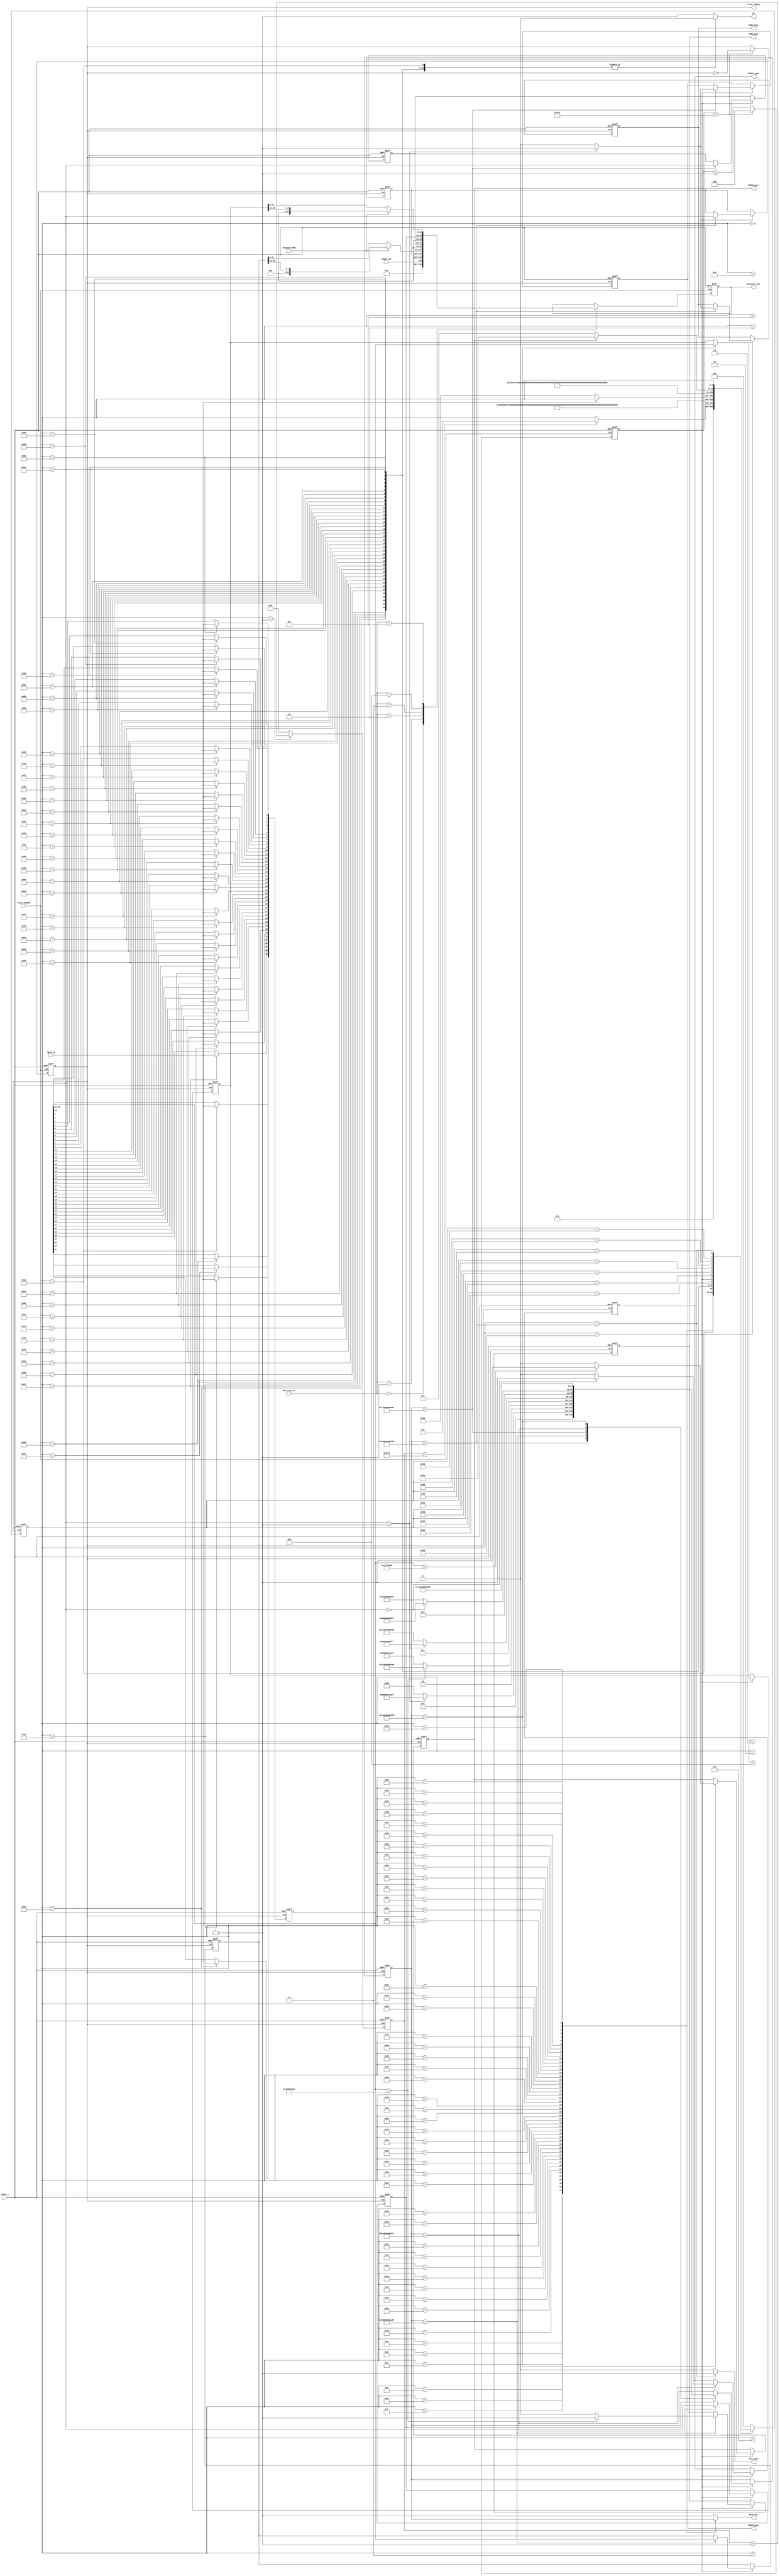
`timescale 1ns / 1ps
//////////////////////////////////////////////////////////////////////////////////
// Company:  RUAS
// 
// Design Name: 
// Module Name: SD_card
// Project Name: 
// Target Devices: 
// Tool Versions: 
// Description: 
// 
// Dependencies: 
// 
// Revision:
// Revision 0.01 - File Created
// Additional Comments:
// 
//////////////////////////////////////////////////////////////////////////////////


module CMD0_CMD8_CMD55_ACMD41_CMD58(
         output reg [31:0] Response_out,
         output reg CMD0_pass, CMD8_pass, CMD55_pass, ACMD41_pass, CMD58_pass,    
         output reg CS, Data_Out, clock_100KHz, 
         output Init_pass, 
         input [2:0] CMD_resp_sel,
         input CMD18_out, Response_MSB, Data_In, Clock_100MHz, Clear_n);           
   
    reg count_en;
    reg [14:0] count; 
    reg [39:0] response;
    reg [47:0] cmd; 
    
    parameter [47:0] CMD0   = 48'h400000000095; // Send Card to Idle State
    parameter [47:0] CMD8   = 48'h48000001AA87; // Send Card Interface Condition
    parameter [47:0] CMD55  = 48'h770000000065; // Application Specific Command
    parameter [47:0] ACMD41 = 48'h694000000077; // High Capacity support(HCS) = 1
    parameter [47:0] CMD58 =  48'h7A00000000FD; // Read OCR(Operating Conditions Register)
    
    
 // Generate 100KHz clock
  // 100KHz = 10us
  // 10us clock = 5us ON + 5us OFF
  // 10ns = 1; 5us = x; x = 500;
  // 499 = 1 1111 0011b 
     
  reg [8:0] count_500; 
                                      
  always@(posedge Clock_100MHz, negedge Clear_n)
    if(!Clear_n)   
      begin             
        clock_100KHz <= 0;
        count_500 <= 0; 
      end
    else if(count_500 == 499)        
      begin             
        clock_100KHz <= ~clock_100KHz;
        count_500 <= 0; 
      end 
    else         
        count_500 <= count_500 + 1;           
           
         
 // FSM for SD card Initialization
    reg [7:0] present_state, next_state;
    parameter [7:0] 
      RESET = 8'd0, POWER_UP_TIME = 8'd1, 
          
      IDLE_CLK_1 = 8'd2, IDLE_CLK_2 = 8'd3, IDLE_CLK_3 = 8'd4, IDLE_CLK_4 = 8'd5,  
      IDLE_CLK_5 = 8'd6, IDLE_CLK_6 = 8'd7, IDLE_CLK_7 = 8'd8, IDLE_CLK_8 = 8'd9,  
    
      CMD_47 = 8'd10, CMD_46 = 8'd11, CMD_45 = 8'd12, CMD_44 = 8'd13,  
      CMD_43 = 8'd14, CMD_42 = 8'd15, CMD_41 = 8'd16, CMD_40 = 8'd17,
      CMD_39 = 8'd18, CMD_38 = 8'd19, CMD_37 = 8'd20, CMD_36 = 8'd21,
      CMD_35 = 8'd22, CMD_34 = 8'd23, CMD_33 = 8'd24, CMD_32 = 8'd25,
      CMD_31 = 8'd26, CMD_30 = 8'd27, CMD_29 = 8'd28, CMD_28 = 8'd29,
      CMD_27 = 8'd30, CMD_26 = 8'd31, CMD_25 = 8'd32, CMD_24 = 8'd33,
      CMD_23 = 8'd34, CMD_22 = 8'd35, CMD_21 = 8'd36, CMD_20 = 8'd37,
      CMD_19 = 8'd38, CMD_18 = 8'd39, CMD_17 = 8'd40, CMD_16 = 8'd41,
      CMD_15 = 8'd42, CMD_14 = 8'd43, CMD_13 = 8'd44, CMD_12 = 8'd45,
      CMD_11 = 8'd46, CMD_10 = 8'd47, CMD_9  = 8'd48, CMD_8  = 8'd49,
      CMD_7  = 8'd50, CMD_6  = 8'd51, CMD_5  = 8'd52, CMD_4  = 8'd53,
      CMD_3  = 8'd54, CMD_2  = 8'd55, CMD_1  = 8'd56, CMD_0  = 8'd57,  
                         
      RESP_39 = 8'd58,  RESP_38 = 8'd59,  RESP_37 = 8'd60,  RESP_36 = 8'd61,  
      RESP_35 = 8'd62,  RESP_34 = 8'd63,  RESP_33 = 8'd64,  RESP_32 = 8'd65,                                       
      RESP_31 = 8'd66,  RESP_30 = 8'd67,  RESP_29 = 8'd68,  RESP_28 = 8'd69,  
      RESP_27 = 8'd70,  RESP_26 = 8'd71,  RESP_25 = 8'd72,  RESP_24 = 8'd73,
      RESP_23 = 8'd74,  RESP_22 = 8'd75,  RESP_21 = 8'd76,  RESP_20 = 8'd77,
      RESP_19 = 8'd78,  RESP_18 = 8'd79,  RESP_17 = 8'd80,  RESP_16 = 8'd81,
      RESP_15 = 8'd82,  RESP_14 = 8'd83,  RESP_13 = 8'd84,  RESP_12 = 8'd85,
      RESP_11 = 8'd86,  RESP_10 = 8'd87,  RESP_9 = 8'd88,   RESP_8 = 8'd89,                                       
      RESP_7 = 8'd90,   RESP_6 = 8'd91,   RESP_5 = 8'd92,   RESP_4 = 8'd93,
      RESP_3 = 8'd94,   RESP_2 = 8'd95,   RESP_1 = 8'd96,   RESP_0 = 8'd97, 
                    
      IDLE_CLK_9 = 8'd98,   IDLE_CLK_10 = 8'd99,  IDLE_CLK_11 = 8'd100, IDLE_CLK_12 = 8'd101, 
      IDLE_CLK_13 = 8'd102, IDLE_CLK_14 = 8'd103, IDLE_CLK_15 = 8'd104, IDLE_CLK_16 = 8'd105,
      FINISH = 8'd106;                                     
                                        
                    
  // FSM Registers
     always@(negedge clock_100KHz, negedge Clear_n) 
       if(!Clear_n)
          present_state <= RESET;
       else
          present_state <= next_state;            
           
 // FSM combinational block
  always@(present_state, count, cmd, response, Data_In, CMD58_pass)
    case(present_state)
      RESET: begin CS = 1; Data_Out = 1; next_state = POWER_UP_TIME; end  
                               
      POWER_UP_TIME: begin 
                       CS = 1; Data_Out = 1; 
                       if(count == 25063)
                          next_state = IDLE_CLK_1;                         
                       else
                          next_state = present_state;                          
                     end
                            
      IDLE_CLK_1: begin CS = 0; Data_Out = 1; next_state = IDLE_CLK_2;  end  
      IDLE_CLK_2: begin CS = 0; Data_Out = 1; next_state = IDLE_CLK_3;  end  
      IDLE_CLK_3: begin CS = 0; Data_Out = 1; next_state = IDLE_CLK_4;  end  
      IDLE_CLK_4: begin CS = 0; Data_Out = 1; next_state = IDLE_CLK_5;  end  
      IDLE_CLK_5: begin CS = 0; Data_Out = 1; next_state = IDLE_CLK_6;  end  
      IDLE_CLK_6: begin CS = 0; Data_Out = 1; next_state = IDLE_CLK_7;  end  
      IDLE_CLK_7: begin CS = 0; Data_Out = 1; next_state = IDLE_CLK_8;  end  
      IDLE_CLK_8: begin CS = 0; Data_Out = 1; next_state = CMD_47;  end  
                                    
      CMD_47: begin CS = 0; Data_Out = cmd[47]; next_state = CMD_46; end          
      CMD_46: begin CS = 0; Data_Out = cmd[46]; next_state = CMD_45; end
      CMD_45: begin CS = 0; Data_Out = cmd[45]; next_state = CMD_44; end
      CMD_44: begin CS = 0; Data_Out = cmd[44]; next_state = CMD_43; end
      CMD_43: begin CS = 0; Data_Out = cmd[43]; next_state = CMD_42; end
      CMD_42: begin CS = 0; Data_Out = cmd[42]; next_state = CMD_41; end
      CMD_41: begin CS = 0; Data_Out = cmd[41]; next_state = CMD_40; end
      CMD_40: begin CS = 0; Data_Out = cmd[40]; next_state = CMD_39; end
      CMD_39: begin CS = 0; Data_Out = cmd[39]; next_state = CMD_38; end          
      CMD_38: begin CS = 0; Data_Out = cmd[38]; next_state = CMD_37; end
      CMD_37: begin CS = 0; Data_Out = cmd[37]; next_state = CMD_36; end
      CMD_36: begin CS = 0; Data_Out = cmd[36]; next_state = CMD_35; end
      CMD_35: begin CS = 0; Data_Out = cmd[35]; next_state = CMD_34; end
      CMD_34: begin CS = 0; Data_Out = cmd[34]; next_state = CMD_33; end
      CMD_33: begin CS = 0; Data_Out = cmd[33]; next_state = CMD_32; end
      CMD_32: begin CS = 0; Data_Out = cmd[32]; next_state = CMD_31; end
      CMD_31: begin CS = 0; Data_Out = cmd[31]; next_state = CMD_30; end
      CMD_30: begin CS = 0; Data_Out = cmd[30]; next_state = CMD_29; end
      CMD_29: begin CS = 0; Data_Out = cmd[29]; next_state = CMD_28; end           
      CMD_28: begin CS = 0; Data_Out = cmd[28]; next_state = CMD_27; end 
      CMD_27: begin CS = 0; Data_Out = cmd[27]; next_state = CMD_26; end
      CMD_26: begin CS = 0; Data_Out = cmd[26]; next_state = CMD_25; end
      CMD_25: begin CS = 0; Data_Out = cmd[25]; next_state = CMD_24; end
      CMD_24: begin CS = 0; Data_Out = cmd[24]; next_state = CMD_23; end
      CMD_23: begin CS = 0; Data_Out = cmd[23]; next_state = CMD_22; end
      CMD_22: begin CS = 0; Data_Out = cmd[22]; next_state = CMD_21; end
      CMD_21: begin CS = 0; Data_Out = cmd[21]; next_state = CMD_20; end
      CMD_20: begin CS = 0; Data_Out = cmd[20]; next_state = CMD_19; end
      CMD_19: begin CS = 0; Data_Out = cmd[19]; next_state = CMD_18; end           
      CMD_18: begin CS = 0; Data_Out = cmd[18]; next_state = CMD_17; end 
      CMD_17: begin CS = 0; Data_Out = cmd[17]; next_state = CMD_16; end 
      CMD_16: begin CS = 0; Data_Out = cmd[16]; next_state = CMD_15; end 
      CMD_15: begin CS = 0; Data_Out = cmd[15]; next_state = CMD_14; end 
      CMD_14: begin CS = 0; Data_Out = cmd[14]; next_state = CMD_13; end 
      CMD_13: begin CS = 0; Data_Out = cmd[13]; next_state = CMD_12; end 
      CMD_12: begin CS = 0; Data_Out = cmd[12]; next_state = CMD_11; end 
      CMD_11: begin CS = 0; Data_Out = cmd[11]; next_state = CMD_10; end 
      CMD_10: begin CS = 0; Data_Out = cmd[10]; next_state = CMD_9;  end 
      CMD_9:  begin CS = 0; Data_Out = cmd[9];  next_state = CMD_8;  end           
      CMD_8:  begin CS = 0; Data_Out = cmd[8];  next_state = CMD_7;  end 
      CMD_7:  begin CS = 0; Data_Out = cmd[7];  next_state = CMD_6;  end
      CMD_6:  begin CS = 0; Data_Out = cmd[6];  next_state = CMD_5;  end
      CMD_5:  begin CS = 0; Data_Out = cmd[5];  next_state = CMD_4;  end
      CMD_4:  begin CS = 0; Data_Out = cmd[4];  next_state = CMD_3;  end
      CMD_3:  begin CS = 0; Data_Out = cmd[3];  next_state = CMD_2;  end
      CMD_2:  begin CS = 0; Data_Out = cmd[2];  next_state = CMD_1;  end
      CMD_1:  begin CS = 0; Data_Out = cmd[1];  next_state = CMD_0;  end
      CMD_0:  begin CS = 0; Data_Out = cmd[0];  next_state = RESP_39; end           
     
      RESP_39: begin CS = 0; Data_Out = 1; 
                     if(!Data_In)      
                        next_state = RESP_38; 
                     else
                        next_state = present_state; 
               end
      RESP_38: begin CS = 0; Data_Out = 1; next_state = RESP_37; end
      RESP_37: begin CS = 0; Data_Out = 1; next_state = RESP_36; end          
      RESP_36: begin CS = 0; Data_Out = 1; next_state = RESP_35; end
      RESP_35: begin CS = 0; Data_Out = 1; next_state = RESP_34; end
      RESP_34: begin CS = 0; Data_Out = 1; next_state = RESP_33; end
      RESP_33: begin CS = 0; Data_Out = 1; next_state = RESP_32; end
      RESP_32: begin CS = 0; Data_Out = 1; next_state = RESP_31; end             
      RESP_31: begin CS = 0; Data_Out = 1; next_state = RESP_30; end
      RESP_30: begin CS = 0; Data_Out = 1; next_state = RESP_29; end
      RESP_29: begin CS = 0; Data_Out = 1; next_state = RESP_28; end          
      RESP_28: begin CS = 0; Data_Out = 1; next_state = RESP_27; end
      RESP_27: begin CS = 0; Data_Out = 1; next_state = RESP_26; end
      RESP_26: begin CS = 0; Data_Out = 1; next_state = RESP_25; end
      RESP_25: begin CS = 0; Data_Out = 1; next_state = RESP_24; end
      RESP_24: begin CS = 0; Data_Out = 1; next_state = RESP_23; end       
      RESP_23: begin CS = 0; Data_Out = 1; next_state = RESP_22; end
      RESP_22: begin CS = 0; Data_Out = 1; next_state = RESP_21; end
      RESP_21: begin CS = 0; Data_Out = 1; next_state = RESP_20; end
      RESP_20: begin CS = 0; Data_Out = 1; next_state = RESP_19; end
      RESP_19: begin CS = 0; Data_Out = 1; next_state = RESP_18; end         
      RESP_18: begin CS = 0; Data_Out = 1; next_state = RESP_17; end
      RESP_17: begin CS = 0; Data_Out = 1; next_state = RESP_16; end
      RESP_16: begin CS = 0; Data_Out = 1; next_state = RESP_15; end
      RESP_15: begin CS = 0; Data_Out = 1; next_state = RESP_14; end
      RESP_14: begin CS = 0; Data_Out = 1; next_state = RESP_13; end
      RESP_13: begin CS = 0; Data_Out = 1; next_state = RESP_12; end
      RESP_12: begin CS = 0; Data_Out = 1; next_state = RESP_11; end
      RESP_11: begin CS = 0; Data_Out = 1; next_state = RESP_10; end
      RESP_10: begin CS = 0; Data_Out = 1; next_state = RESP_9;  end
      RESP_9:  begin CS = 0; Data_Out = 1; next_state = RESP_8;  end         
      RESP_8:  begin CS = 0; Data_Out = 1; next_state = RESP_7;  end         
      RESP_7:  begin CS = 0; Data_Out = 1; next_state = RESP_6;  end
      RESP_6:  begin CS = 0; Data_Out = 1; next_state = RESP_5;  end
      RESP_5:  begin CS = 0; Data_Out = 1; next_state = RESP_4;  end
      RESP_4:  begin CS = 0; Data_Out = 1; next_state = RESP_3;  end
      RESP_3:  begin CS = 0; Data_Out = 1; next_state = RESP_2;  end
      RESP_2:  begin CS = 0; Data_Out = 1; next_state = RESP_1;  end
      RESP_1:  begin CS = 0; Data_Out = 1; next_state = RESP_0;  end
      RESP_0:  begin CS = 0; Data_Out = 1; next_state = IDLE_CLK_9; end          
       
      IDLE_CLK_9:  begin CS = 1; Data_Out = 1; next_state = IDLE_CLK_10; end  
      IDLE_CLK_10: begin CS = 1; Data_Out = 1; next_state = IDLE_CLK_11; end  
      IDLE_CLK_11: begin CS = 1; Data_Out = 1; next_state = IDLE_CLK_12; end  
      IDLE_CLK_12: begin CS = 1; Data_Out = 1; next_state = IDLE_CLK_13; end  
      IDLE_CLK_13: begin CS = 1; Data_Out = 1; next_state = IDLE_CLK_14; end  
      IDLE_CLK_14: begin CS = 1; Data_Out = 1; next_state = IDLE_CLK_15; end  
      IDLE_CLK_15: begin CS = 1; Data_Out = 1; next_state = IDLE_CLK_16; end  
      IDLE_CLK_16: begin CS = 1; Data_Out = 1; 
                         if(CMD58_pass)
                            next_state = FINISH;
                         else
                            next_state = IDLE_CLK_1; end 
                            
      FINISH: begin CS = 1; Data_Out = 1; next_state = present_state; end                      
      
      default: begin CS = 1; Data_Out = 1; next_state = RESET; end         
    endcase
    
 
 // Capture SD card output data  
  always@(posedge clock_100KHz, negedge Clear_n) 
   if(!Clear_n)
     response <= 0;
   else
     case(present_state) 
       RESP_39: response[39] <= Data_In;
       RESP_38: response[38] <= Data_In;
       RESP_37: response[37] <= Data_In;          
       RESP_36: response[36] <= Data_In;           
       RESP_35: response[35] <= Data_In;
       RESP_34: response[34] <= Data_In;
       RESP_33: response[33] <= Data_In;
       RESP_32: response[32] <= Data_In;            
       RESP_31: response[31] <= Data_In;
       RESP_30: response[30] <= Data_In;
       RESP_29: response[29] <= Data_In;          
       RESP_28: response[28] <= Data_In;
       RESP_27: response[27] <= Data_In;
       RESP_26: response[26] <= Data_In;
       RESP_25: response[25] <= Data_In;
       RESP_24: response[24] <= Data_In;
       RESP_23: response[23] <= Data_In;
       RESP_22: response[22] <= Data_In;
       RESP_21: response[21] <= Data_In;
       RESP_20: response[20] <= Data_In;
       RESP_19: response[19] <= Data_In;          
       RESP_18: response[18] <= Data_In;
       RESP_17: response[17] <= Data_In;
       RESP_16: response[16] <= Data_In;
       RESP_15: response[15] <= Data_In;
       RESP_14: response[14] <= Data_In;
       RESP_13: response[13] <= Data_In;
       RESP_12: response[12] <= Data_In;
       RESP_11: response[11] <= Data_In;
       RESP_10: response[10] <= Data_In;
       RESP_9:  response[9]  <= Data_In;          
       RESP_8:  response[8]  <= Data_In; 
       RESP_7:  response[7]  <= Data_In;
       RESP_6:  response[6]  <= Data_In;
       RESP_5:  response[5]  <= Data_In;
       RESP_4:  response[4]  <= Data_In;
       RESP_3:  response[3]  <= Data_In;
       RESP_2:  response[2]  <= Data_In;
       RESP_1:  response[1]  <= Data_In;
       RESP_0:  response[0]  <= Data_In; 
     endcase    
       
 
  reg [7:0]  CMD0_resp, CMD55_resp, ACMD41_resp;   
  reg [39:0] CMD8_resp, CMD58_resp;   
     
  always@(posedge clock_100KHz, negedge Clear_n) 
   if(!Clear_n)
     begin
       cmd <= CMD0; 
       CMD0_resp <= 0;   CMD0_pass   <= 0; 
       CMD8_resp <= 0;   CMD8_pass <= 0;
       CMD55_resp <= 0;  CMD55_pass  <= 0;
       ACMD41_resp <= 0; ACMD41_pass <= 0;
       CMD58_resp <= 0;  CMD58_pass <= 0;        
     end  
   else if(present_state == IDLE_CLK_10) 
     case(cmd)
       CMD0:  
         begin 
           CMD0_resp <= response[39:32]; 
           if(response[39:32] == 1)  
              begin
                CMD0_pass <= 1; 
                cmd <= CMD8; 
              end 
           else
             begin
               CMD0_pass <= 0; 
               cmd <= CMD0; 
             end                                             
         end 
       CMD8: 
         begin 
           CMD8_resp <= response;             
           if(response == 40'h01000001AA) 
              begin 
                CMD8_pass <= 1; 
                cmd <= CMD55;   
              end  
            else
              begin
                CMD8_pass <= 0; 
                cmd <= CMD8;  
              end 
         end        
       CMD55 :  
         begin
           CMD55_resp <= response[39:32]; 
           if(response[39:32] == 1)  
              begin
                CMD55_pass <= 1; 
                cmd <= ACMD41; 
              end  
           else
             begin
               CMD55_pass <= 0;
               cmd <= CMD55;   
             end                                 
         end           
       ACMD41:
         begin          
           ACMD41_resp <= response[39:32]; 
           if(response[39:32] == 0) 
              begin 
                ACMD41_pass <= 1; 
                cmd <= CMD58;  
              end   
           else
              begin 
                ACMD41_pass <= 0;
                cmd <= CMD55; // Repeat CMD55
              end   
         end  
       CMD58:  
         begin 
           CMD58_resp <= response;            
           if(response == 40'h00C0FF8000)
             begin
               CMD58_pass <= 1; 
               cmd <= CMD58;  
             end  
           else
             begin 
               CMD58_pass <= 0; 
               cmd <= CMD58; 
             end    
          end
     endcase                
 
   
 // Capture command responses
  always@(posedge Clock_100MHz, negedge Clear_n) 
    if(!Clear_n)
       Response_out <= 0; 
    else 
      case(CMD_resp_sel)
        0: Response_out <= CMD18_out; 
        1: Response_out <= CMD0_resp;
        2: if(Response_MSB) 
              Response_out <= CMD8_resp[39:32]; 
           else 
              Response_out <= CMD8_resp[31:0]; 
        3: Response_out <= CMD55_resp; 
        4: Response_out <= ACMD41_resp; 
        5: if(Response_MSB) 
              Response_out <= CMD58_resp[39:32]; 
           else 
              Response_out <= CMD58_resp[31:0];                 
      endcase 
 
  
  // Create a delay of 251ms
    // 100KHz = 0.01ms = 1; 251ms = x;
    // x = 25100 = 110_0010_0000_1100b
    always@(posedge clock_100KHz, negedge Clear_n) 
      if(!Clear_n)
         count <= 0;
      else if(present_state == POWER_UP_TIME)              
         count <= count + 1; 
      else 
         count <= 0;  
         
         
   assign Init_pass = (present_state == FINISH) ? 1 : 0;               
       
endmodule